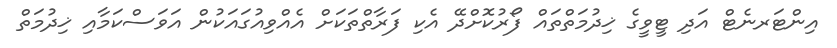
އިންޓަރނެޓް އަދި ޓީވީގެ ޚިދުމަތްތައް ފޯރުކޮށްދޭ އެކި ފަރާތްތަކަށް އެއްވިއުގައަކުން އަވަސްކަމާއި ޚިދުމަތް